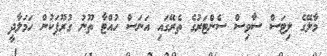
މާލޭގެ ލިޓަސް ސާވިސް ސެންޓަރުގެ ތެރޭގައި އަނަސް ހުއްޓާ ތޫނު ގުރޫޕަކުން ހަމަލާދީ